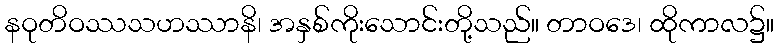
နဝုတိဝဿသဟဿာနိ၊ အနှစ်ကိုးသောင်းတို့သည်။ တာဝဒေ၊ ထိုကာလ၌။